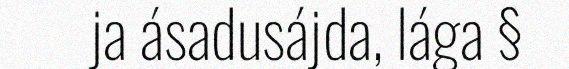
ja ásadusájda, lága §